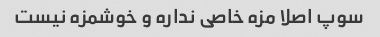
سوپ اصلا مزه خاصی نداره و خوشمزه نیست